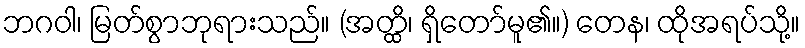
ဘဂဝါ၊ မြတ်စွာဘုရားသည်။ (အတ္ထိ၊ ရှိတော်မူ၏။) တေန၊ ထိုအရပ်သို့။